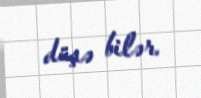
düşə bilər.